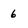
Character: 6